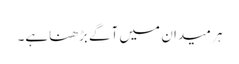
ہر میدان میں آگے بڑھناہے۔